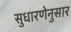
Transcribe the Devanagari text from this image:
सुधारणेनुसार